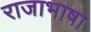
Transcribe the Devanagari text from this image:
राजाभाषा